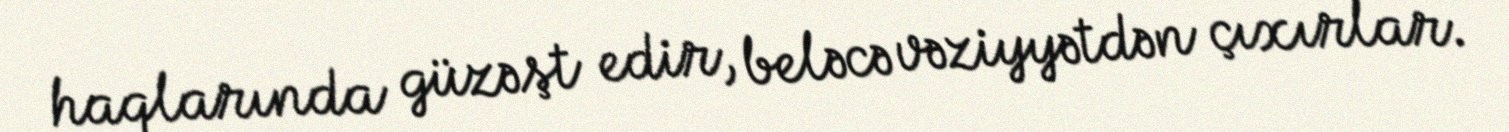
haqlarında güzəşt edir, beləcə vəziyyətdən çıxırlar.